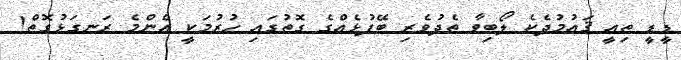
ޑީޑީ ތިއީ ޤައުމުދެކެ ލޯބިވާ ތެދުވެރި ބޭފުޅެއްގެ ގޮތުގައި ހުރުމަކީ އެންމެ ރަނގަޅުގޮތް!